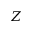
Z